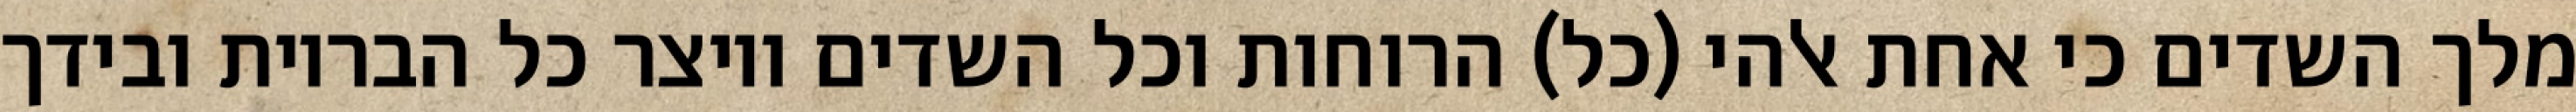
מלך השדים כי אחת אלהי (כל) הרוחות וכל השדים ויוצר כל הבריות ובידך